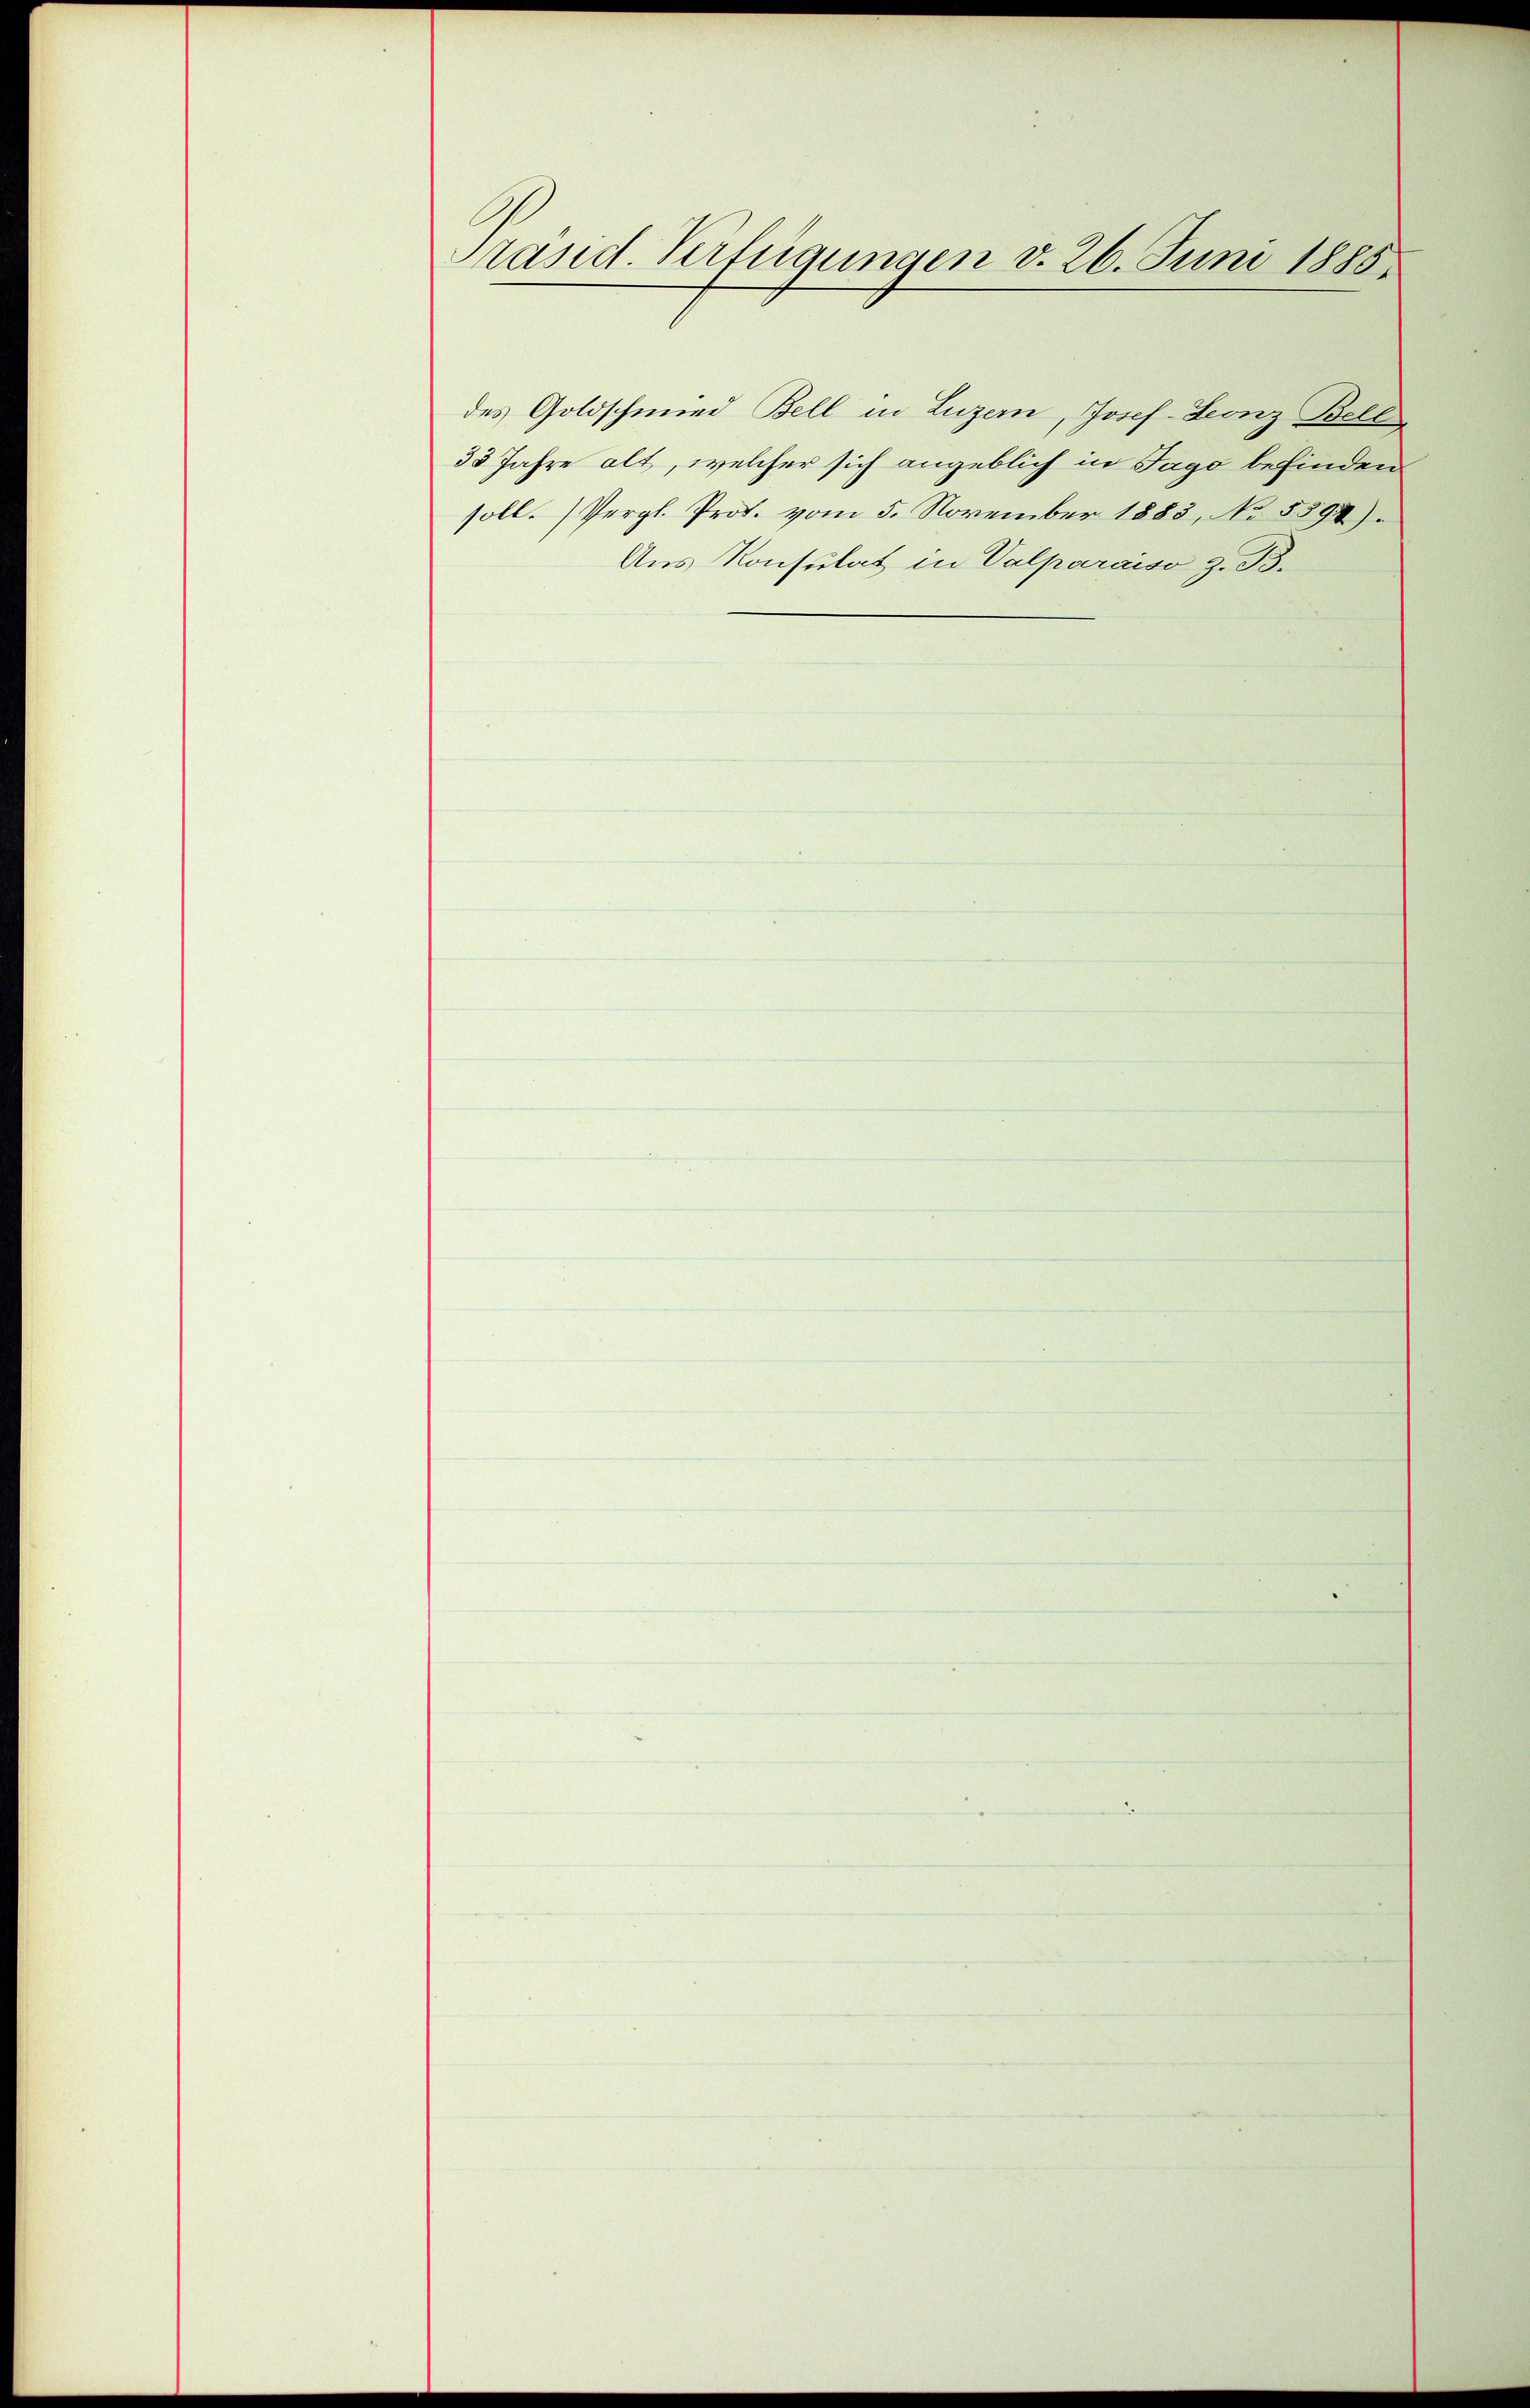
Präsid. Verfügungen v. 26. Juni 1885.

des Goldschmied Bell in Luzern, Josef- Leonz Bell
33 Jahre alt, welcher sich angeblich in Jago befinden
soll. Vergl. Prof. vom 5. November 1883, No 5598).
Aus Konsulat in Valparaiso z. B.